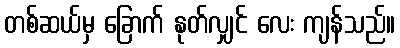
တစ်ဆယ်မှ ခြောက် နုတ်လျှင် လေး ကျန်သည်။